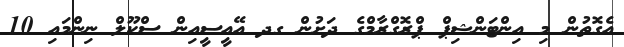
އެގޮތުން މި އިންޓަންޝިޕް ޕްރޮގްރާމްގެ ދަށުން ގދ އޭއީސީއިން ސްކޫލް ނިންމައި 10